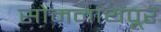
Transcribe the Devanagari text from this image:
सोमनाथपूर